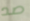
صد